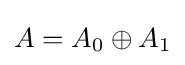
A=A_{0}\oplus A_{1}